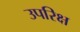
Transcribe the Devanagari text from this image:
उपरिक्ष